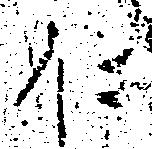
仁